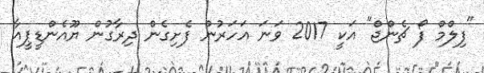
"ފިލްމް ފޯ ޗެންޖް" އަކީ 2017 ވަނަ އަހަރުން ފެށިގެން ދިރާގުން ޔޫއެންޑީޕީއާ